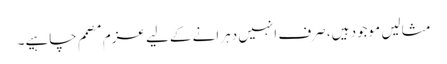
مثالیں موجود ہیں، صرف انہیں دہرانے کےلیے عزم مصمم چاہیے۔